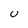
Character: U